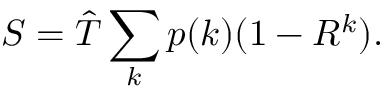
S = \hat { T } \sum _ { k } p ( k ) ( 1 - R ^ { k } ) .